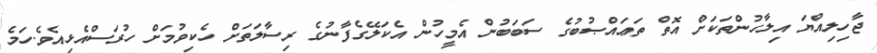
ޖާހިލިއްޔަ އިލާހުންތަކަށް އޮތް ތަޢައްޞުބުގެ ސަބަބުން އެމީހުން އެކަލޭގެފާނުގެ ރިސާލަތަށް ހެކިވުމަށް ހުރަސްއެޅިއެވެ.ހަމެ